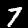
Label: 7